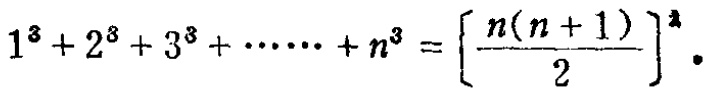
\[1^{3}+2^{3}+3^{3}+\cdots\cdots +n^{3}=\left[\frac{n(n + 1)}{2}\right]^{2}.\]